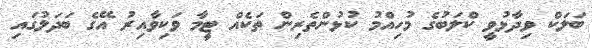
ބަލަކް ވިދާޅުވީ ކްލަބުގެ މުހިއްމު ކުޅުންތެރިން ތަކެއް ޓީމާ ވަކިވާއިރު އޭގެ ބަދަލުގައި